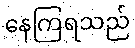
နေကြရသည်